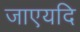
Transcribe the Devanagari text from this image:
जाएयदि